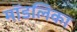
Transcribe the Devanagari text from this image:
मॉडलिका